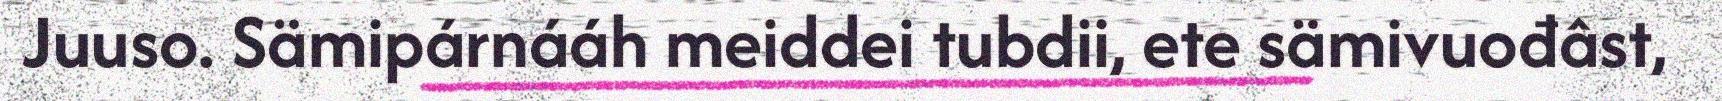
Juuso. Sämipárnááh meiddei tubdii, ete sämivuođâst,